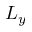
L _ { y }